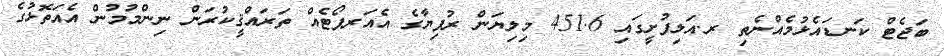
ބަޖެޓް ކަނޑައެޅުމެއްނެތި ރ.އަލިފުށީގައި 451.6 މިލިޔަން ރުފިޔާގެ އެއަރޕޯޓެއް ތަރައްޤީކުރަން ނިންމުމުން އެއަތޮޅުގެ